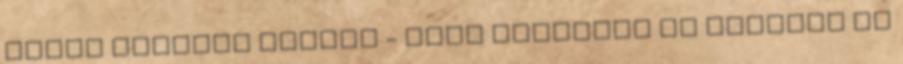
útján Renault CAPTUR - Tedd teljessé az élataed Ne